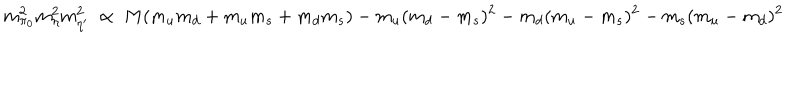
m _ { \pi _ { 0 } } ^ { 2 } m _ { \eta } ^ { 2 } m _ { \eta ^ { \prime } } ^ { 2 } \ \propto \ M ( m _ { u } m _ { d } + m _ { u } m _ { s } + m _ { d } m _ { s } ) - m _ { u } ( m _ { d } - m _ { s } ) ^ { 2 } - m _ { d } ( m _ { u } - m _ { s } ) ^ { 2 } - m _ { s } ( m _ { u } - m _ { d } ) ^ { 2 }